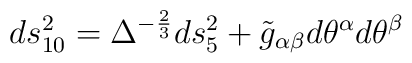
ds_{10}^2 = \Delta^{-\frac{2}{3}} ds_5^2+\tilde{g}_{\alpha\beta} d\theta^\alpha d\theta^\beta